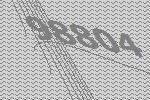
98804